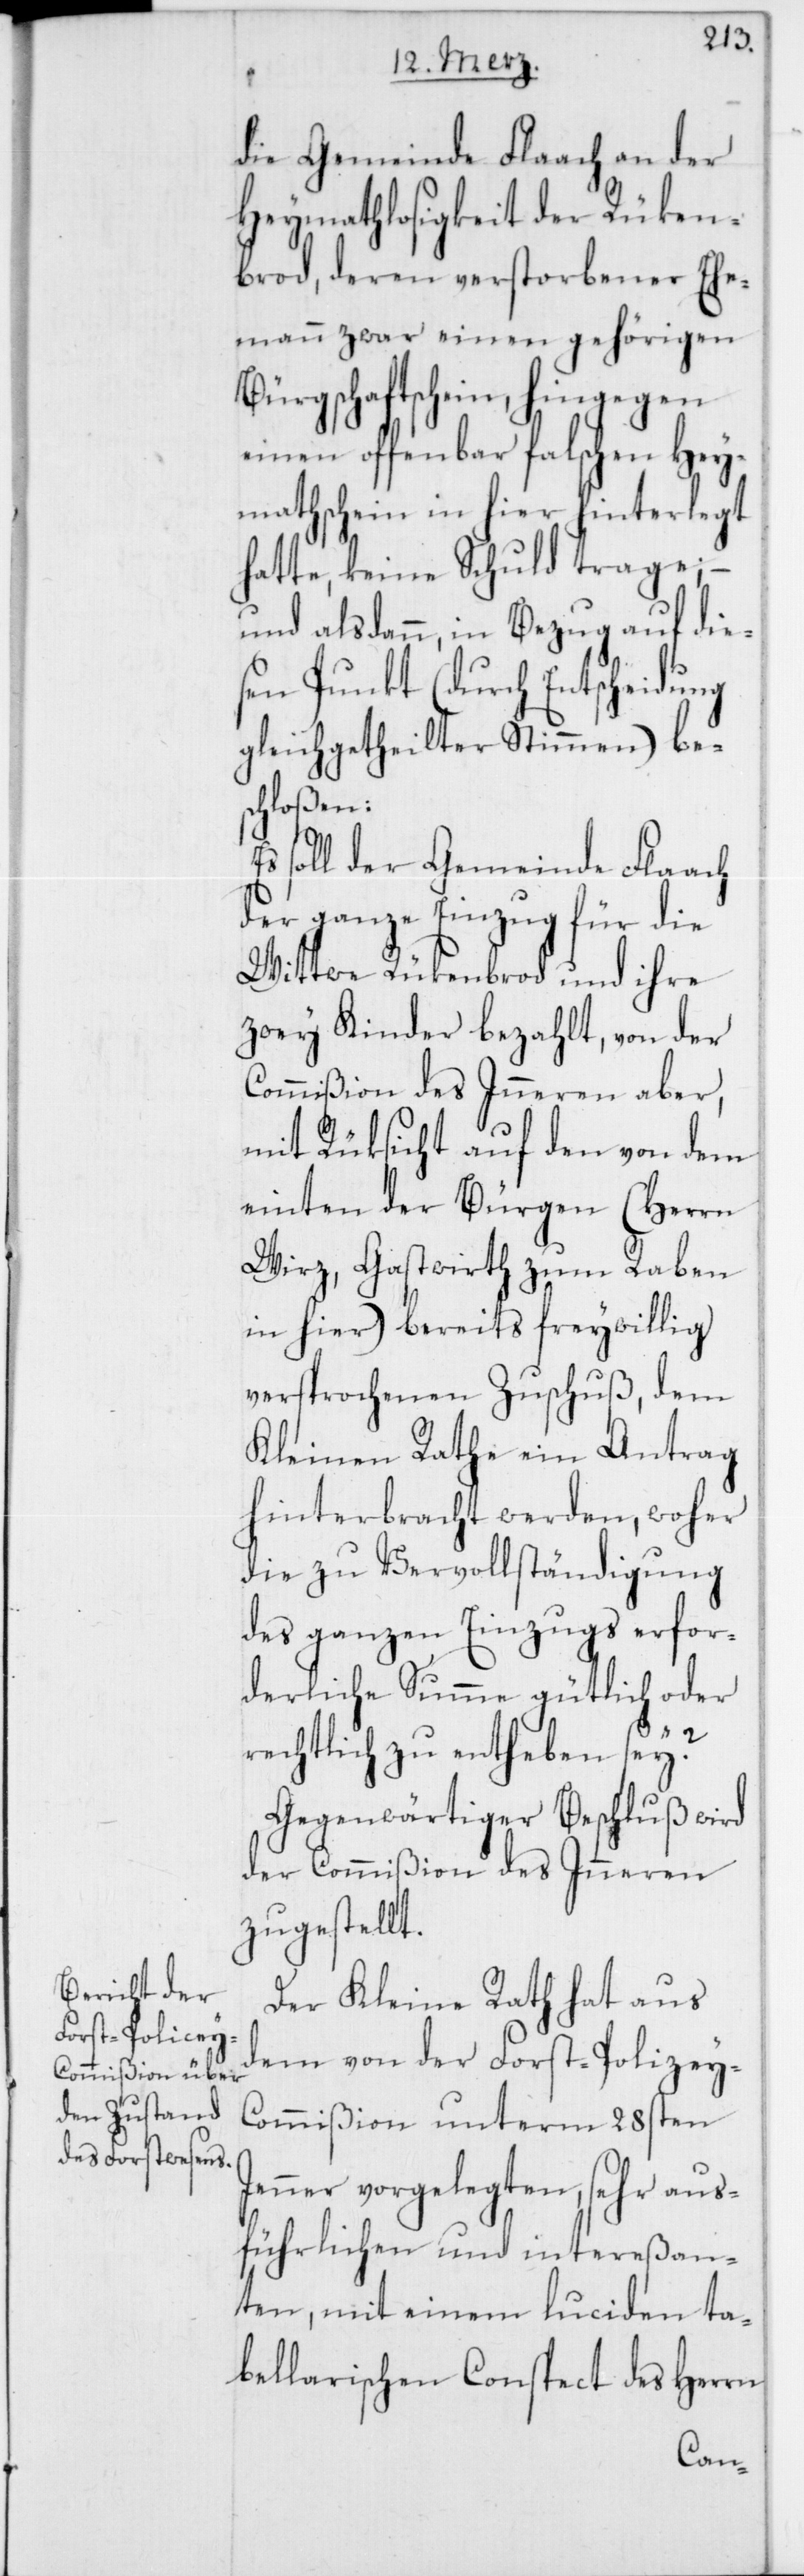
die Gemeinde Flaach an der
Heymathlosigkeit der Rüken¬
brod, deren verstorbener Ehe¬
mann zwar einen gehörigen
Bürgschaftschein, hingegen
einen offenbar falschen Hey¬
mathschein in hier hinterlegt
hatte, keine Schuld trage; –
und alsdann in Bezug auf die¬
sen Punkt (durch Entscheidung
gleichgetheilter Stimmen) be¬
schloßen:
Es soll der Gemeinde Flaach
der ganze Einzug für die
Wittwe Rükenbrod und ihre
zwey Kinder bezahlt, von der
Commißion des Inneren aber,
mit Rüksicht auf den von dem
einten der Bürgen (Herrn
Wirz, Gastwirth zum Raben
in hier) bereits freywillig
versprochenen Zuschuß, dem
Kleinen Rathe ein Antrag
hinterbracht werden, woher
die zu Vervollständigung
des ganzen Einzugs erfor¬
derliche Summe gütlich oder
rechtlich zu entheben sey?
Gegenwärtiger Beschluß wird
der Commißion des Inneren
zugestellt.
Der Kleine Rath hat aus
dem von der Forst-Polizey-C¬
ommißion unterm 28sten
Jenner vorgelegten, sehr aus¬
führlichen und intereßan¬
ten, mit einem luciden ta¬
bellarischen Conspect des Herrn